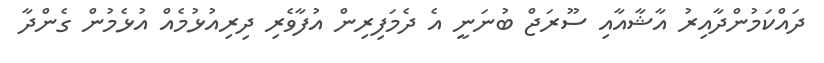
ދައްކަމުންދާއިރު އާޝާއާއި ސޫރަޖް ބުނަނީ އެ ދެމަފިރިން އުފާވެރި ދިރިއުޅުމެއް އުޅެމުން ގެންދާ